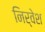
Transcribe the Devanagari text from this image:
निर्वेश